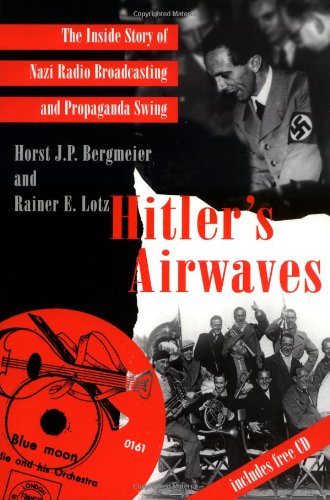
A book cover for Hitler's Airwaves: The Inside Story of Nazi Radio Broadcasting and Propaganda Swing; Mr. Horst J. P. Bergmeier; Humor & Entertainment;